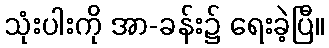
သုံးပါးကို အာ-ခန်း၌ ရေးခဲ့ပြီ။